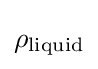
\rho _{\text{liquid}}